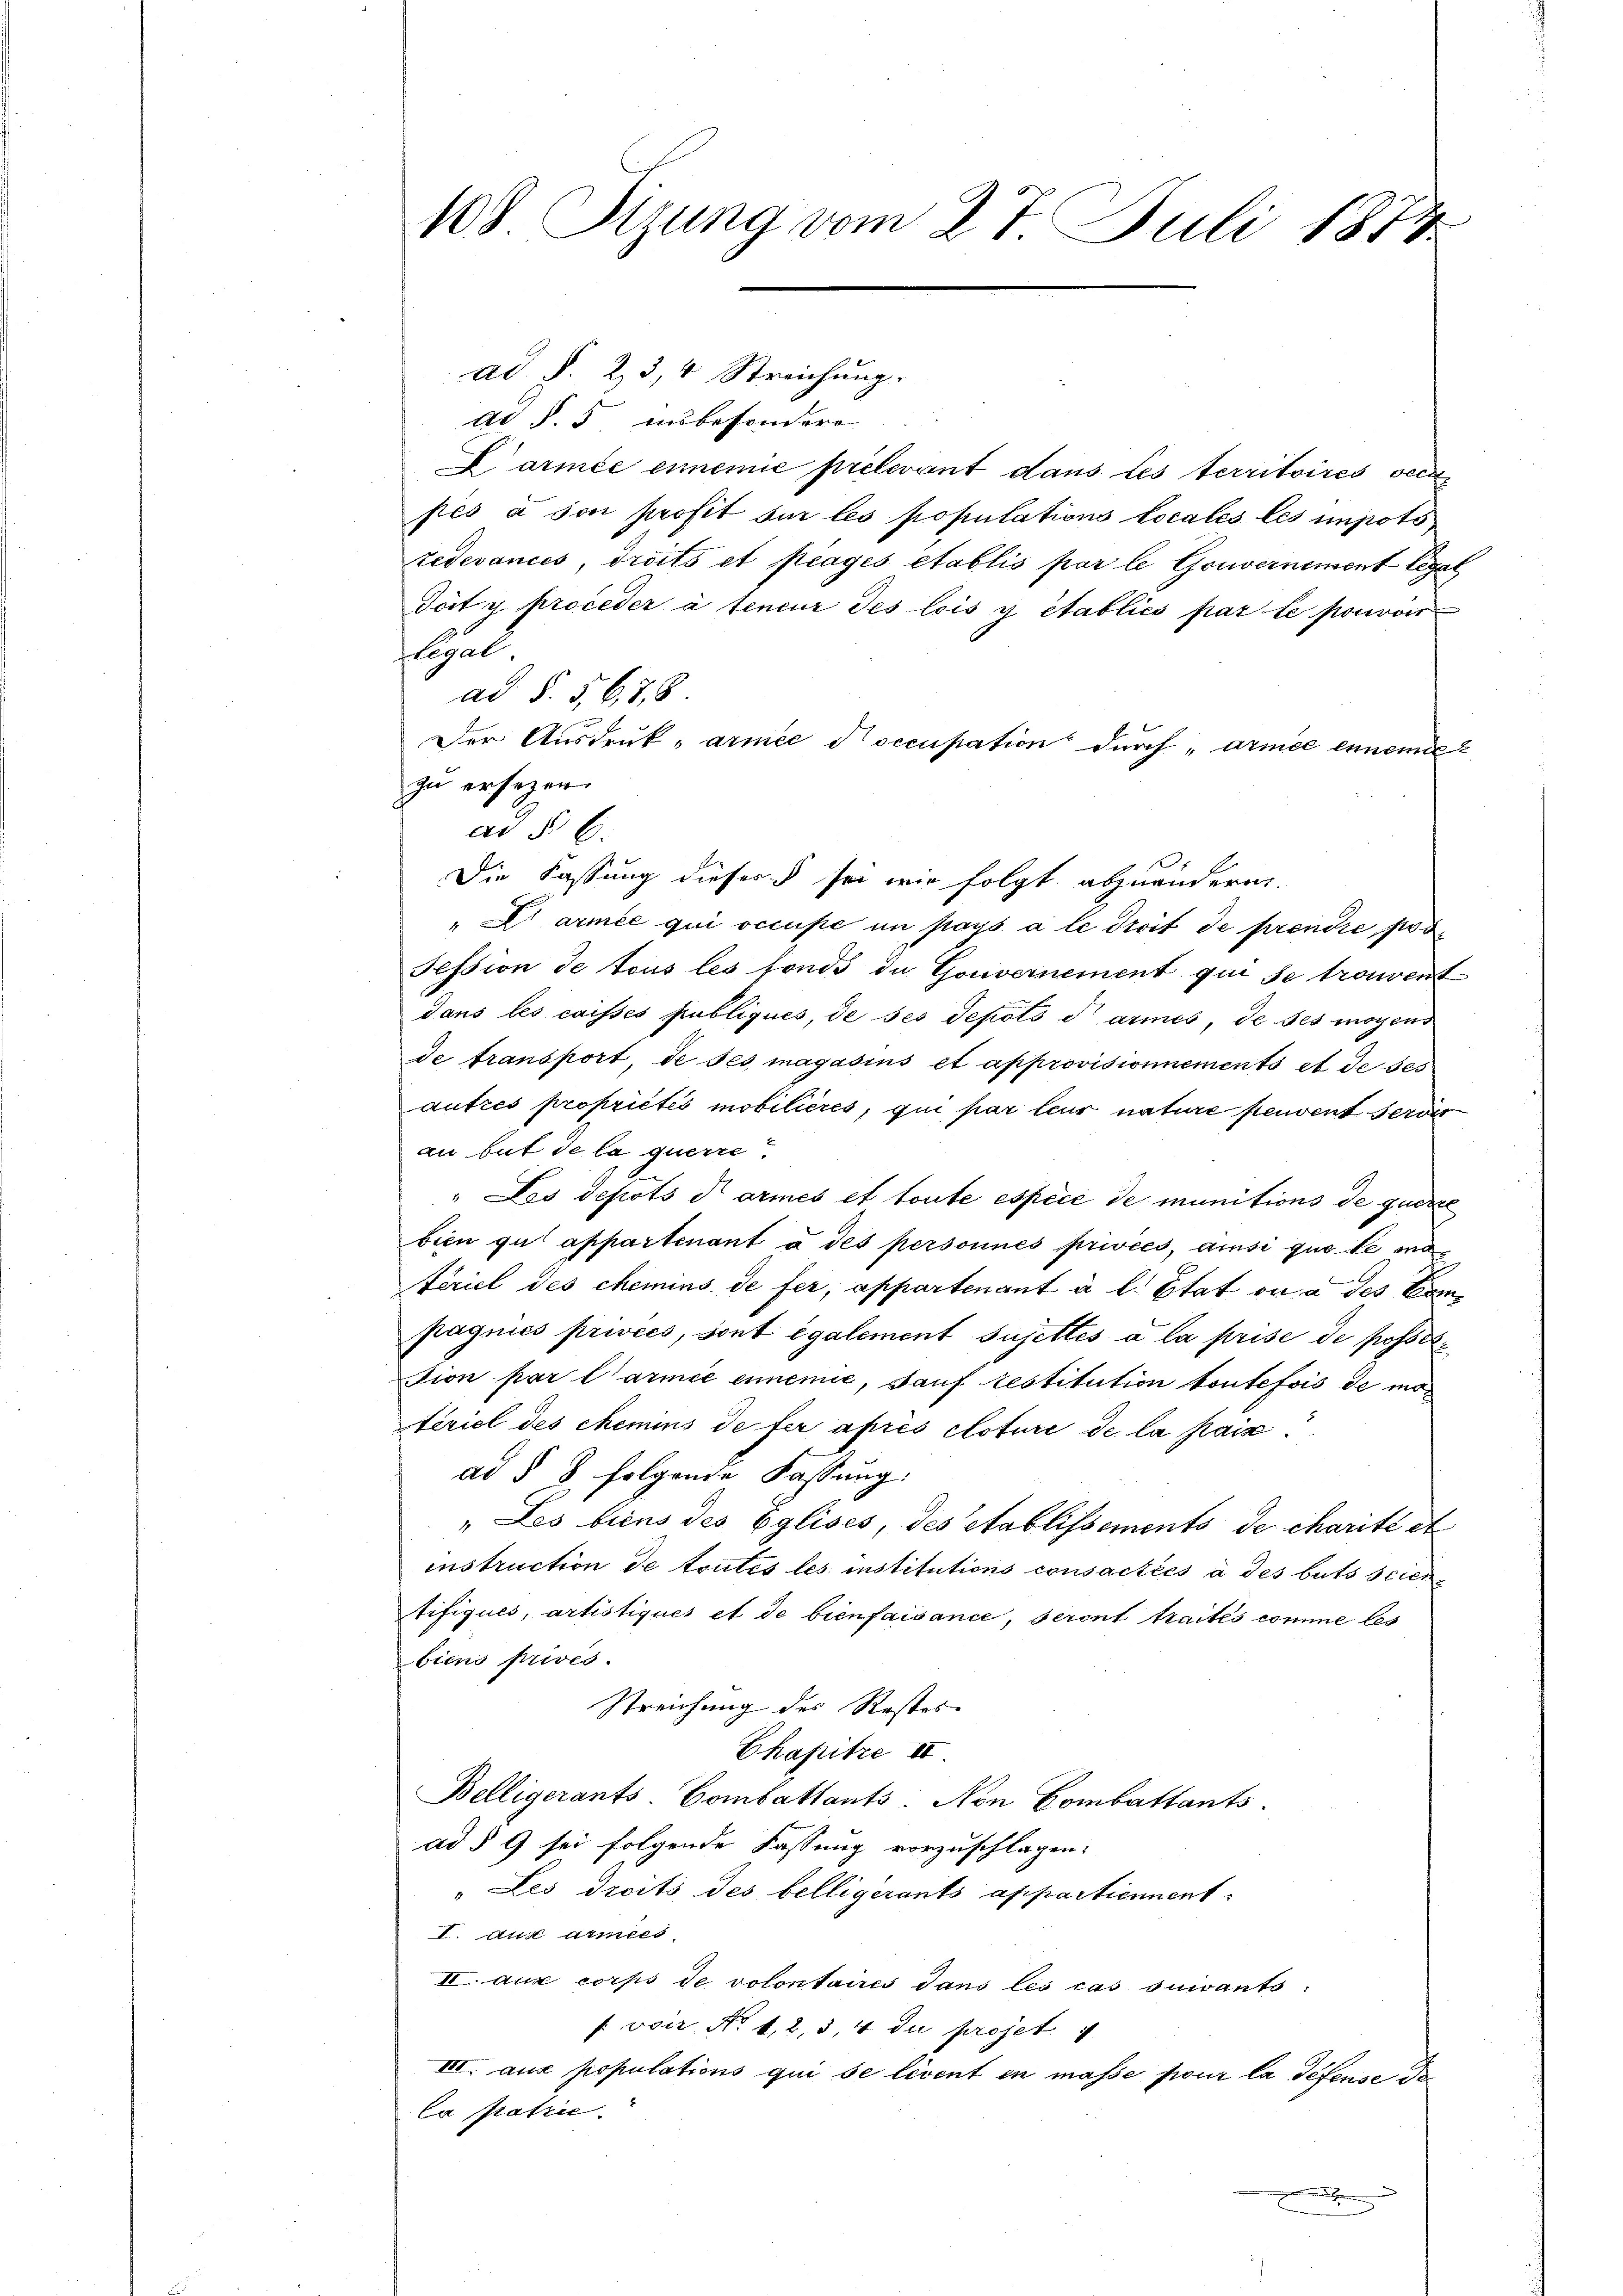
108. Sizung vom 27. Juli 1874.

ad §. 23, 4 Streichung.
Ad §. 5 insbesondere
Larmée einemie prelevant dans les territoires verpés à son profit sur les populations Locales les impots
redevancés, droits et payés etablis par le Gouvernement legat
Toit y proceder à teneur des lois y établiés par le pouvoir
ul
ad §. 5, 678.
Der Ausdruck, armee occupation durch „armée ennemie
zu ersagen.
ad §. 6.
Die Fassung dieser sei wir folgt abzuändern.
Darmée qui occupe in pays à le droit de prendre pos
Session de tous les fonds de Gouvernement qui se trouvent
dans les caisses publiques, de ses depots darmes, de ses moyens
de transport, de ses magasius et approvisionnements et de ses
autres propriétés mobilières, qui par leur nature peuvent server
au but de la querre
" Les depots darmes et toute espèce de munitions de quere
bien gut appartenant à des personnés privées, ansi que le ma¬
Aeriel des chemins de fer, appartenant à l. Etat ou à des Compagnies privées, sont également sujettés à la prise de posselsion par l’armée ennemie, sauf restitution toutefois de mo
teriel des chemins de fer après cloture de la paix
ad § 8 folgende Fassung:
" Les biens des Eglises, des établissements de charité et
instruction de toutes les institutions consactées à des buts scien¬
Aifiques, artistiques et de bienfaisance, seront traités comme les
biens privés.
Streichung des Restes- |
Chapitze II
Belligerants-Combattants. Non Combattants.
ad § 9 sei folgende Fassung vorzuschlagen:
" Les droits des belligerants appartiennent
I. Aus annes,
II. aux corps de volontaires dans les cas suivants
fvoir No. 12, 3, 4 du projet
III. aus populations qui se livent en masse pour la défense
la patrie

.